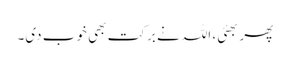
پھر بھئی، اللہ نے برکت بھی خوب دی۔